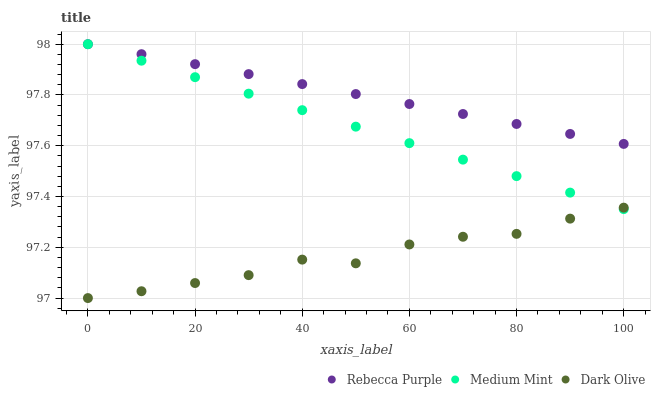
| xaxis_label | Rebecca Purple | Medium Mint | Dark Olive |
 | --- | --- | --- | --- |
 | 0 | 98 | 98 | 97 |
 | 10 | 98 | 97.9 | 97 |
 | 20 | 97.9 | 97.9 | 97.1 |
 | 30 | 97.9 | 97.8 | 97.1 |
 | 40 | 97.8 | 97.7 | 97.2 |
 | 50 | 97.8 | 97.7 | 97.1 |
 | 60 | 97.8 | 97.6 | 97.2 |
 | 70 | 97.7 | 97.5 | 97.2 |
 | 80 | 97.7 | 97.5 | 97.3 |
 | 90 | 97.6 | 97.4 | 97.3 |
 | 100 | 97.6 | 97.4 | 97.4 |